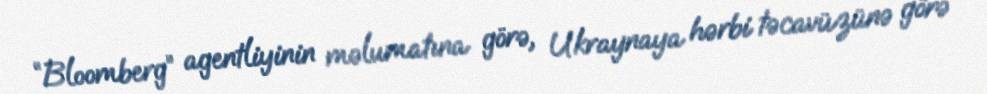
“Bloomberg” agentliyinin məlumatına görə, Ukraynaya hərbi təcavüzünə görə